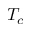
T _ { c }